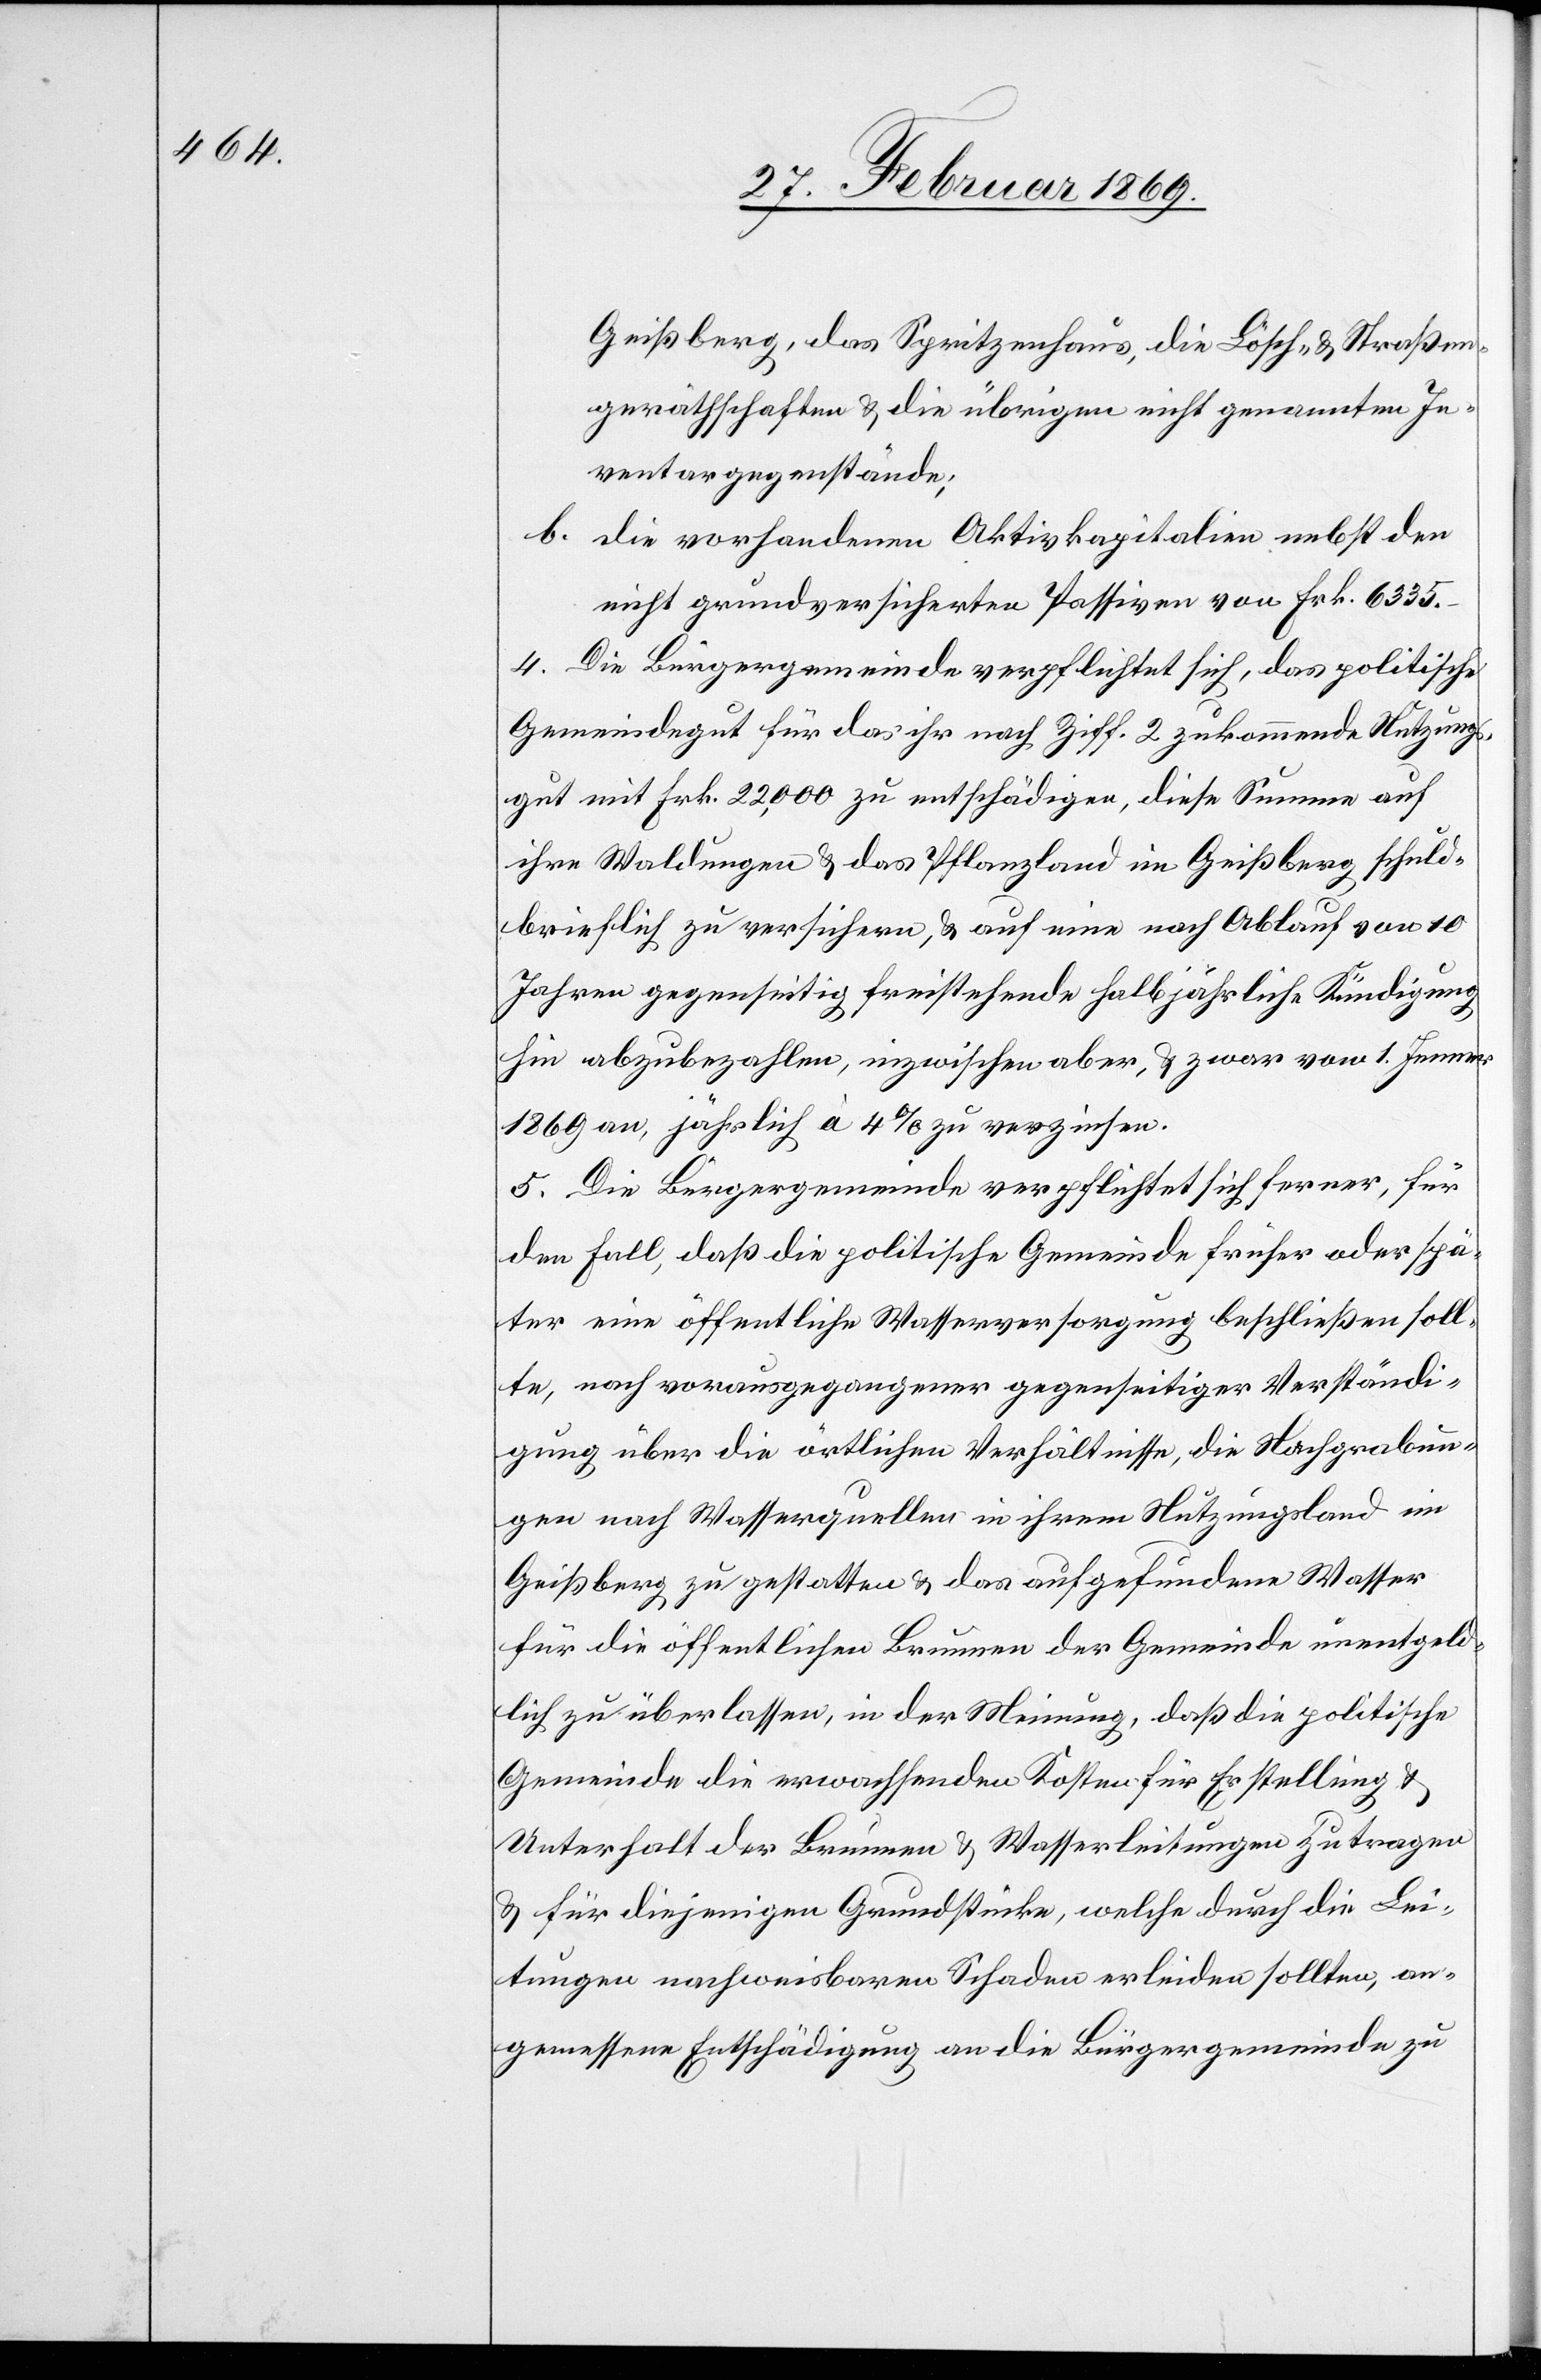
Geißberg, das Spritzenhaus, die Lösch- & Straßen¬
geräthschaften & die übrigen nicht genannten In¬
ventargegenstände;
b. Die vorhandenen Aktivkapitalien nebst den
nicht grundversicherten Passiven von Frk. 6335.–
4. Die Bürgergemeinde verpflichtet sich, das politische
Gemeindegut für das ihr nach Ziff. 2 zukommende Nutzungs¬
gut mit Frk. 22,000 zu entschädigen, diese Summe auf
ihre Waldungen & das Pflanzland im Geißberg schuld¬
brieflich zu versichern, & auf eine nach Ablauf von 10
Jahren gegenseitig freistehende halbjährliche Kündigung
hin abzubezahlen, inzwischen aber, & zwar vom 1. Jenner
1869 an, jährlich à 4% zu verzinsen.
5. Die Bürgergemeinde verpflichtet sich ferner, für
den Fall, daß die politische Gemeinde früher oder spä¬
ter eine öffentliche Wasserversorgung beschließen soll¬
te, nach vorausgegangener gegenseitiger Verständi¬
gung über die örtlichen Verhältnisse, die Nachgrabun¬
gen nach Wasserquellen in ihrem Nutzungsland im
Geißberg zu gestatten & das aufgefundene Wasser
für die öffentlichen Brunnen der Gemeinde unentgeld¬
lich zu überlassen, in der Meinung, daß die politische
Gemeinde die erwachsenden Kosten für Erstellung &
Unterhalt der Brunnen & Wasserleitungen zu tragen
& für diejenigen Grundstücke, welche durch die Lei¬
tungen nachweisbaren Schaden erleiden sollten, an¬
gemessene Entschädigung an die Bürgergemeinde zu